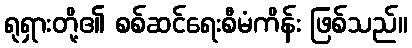
ရုရှားတို့၏ စစ်ဆင်ရေးစီမံကိန်း ဖြစ်သည်။